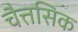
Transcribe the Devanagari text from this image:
चैत्तसिक